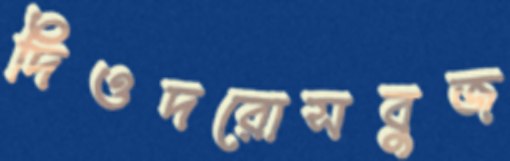
দিওদরোসবুজ